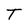
Character: T